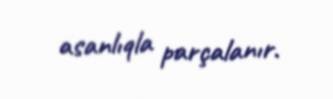
asanlıqla parçalanır.